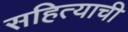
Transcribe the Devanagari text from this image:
सहित्याची